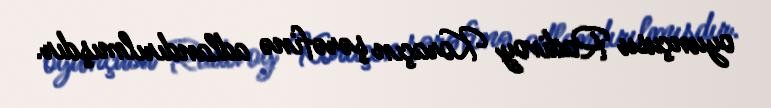
oyunçusu Radivoy Koraçın şərəfinə adlandırılmışdır.